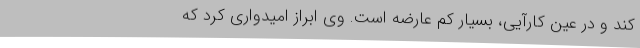
کند و در عین کارآیی، بسیار کم عارضه است. وی ابراز امیدواری کرد که